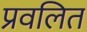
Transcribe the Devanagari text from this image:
प्रवलित